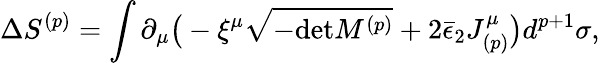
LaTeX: \Delta S^{(p)}=\int\partial_{\mu}\big(-\xi^{\mu}\sqrt{-\mathrm{det}M^{(p)}}+2\bar{\epsilon}_{2}J_{(p)}^{\mu}\big)d^{p+1}\sigma,